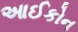
આઈકોન